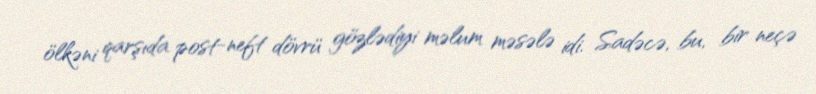
ölkəni qarşıda post-neft dövrü gözlədiyi məlum məsələ idi. Sadəcə, bu, bir neçə